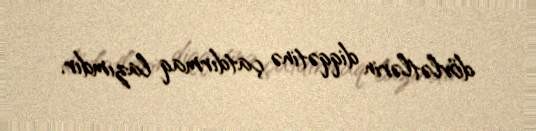
dövlətlərin diqqətinə çatdırmaq lazımdır.